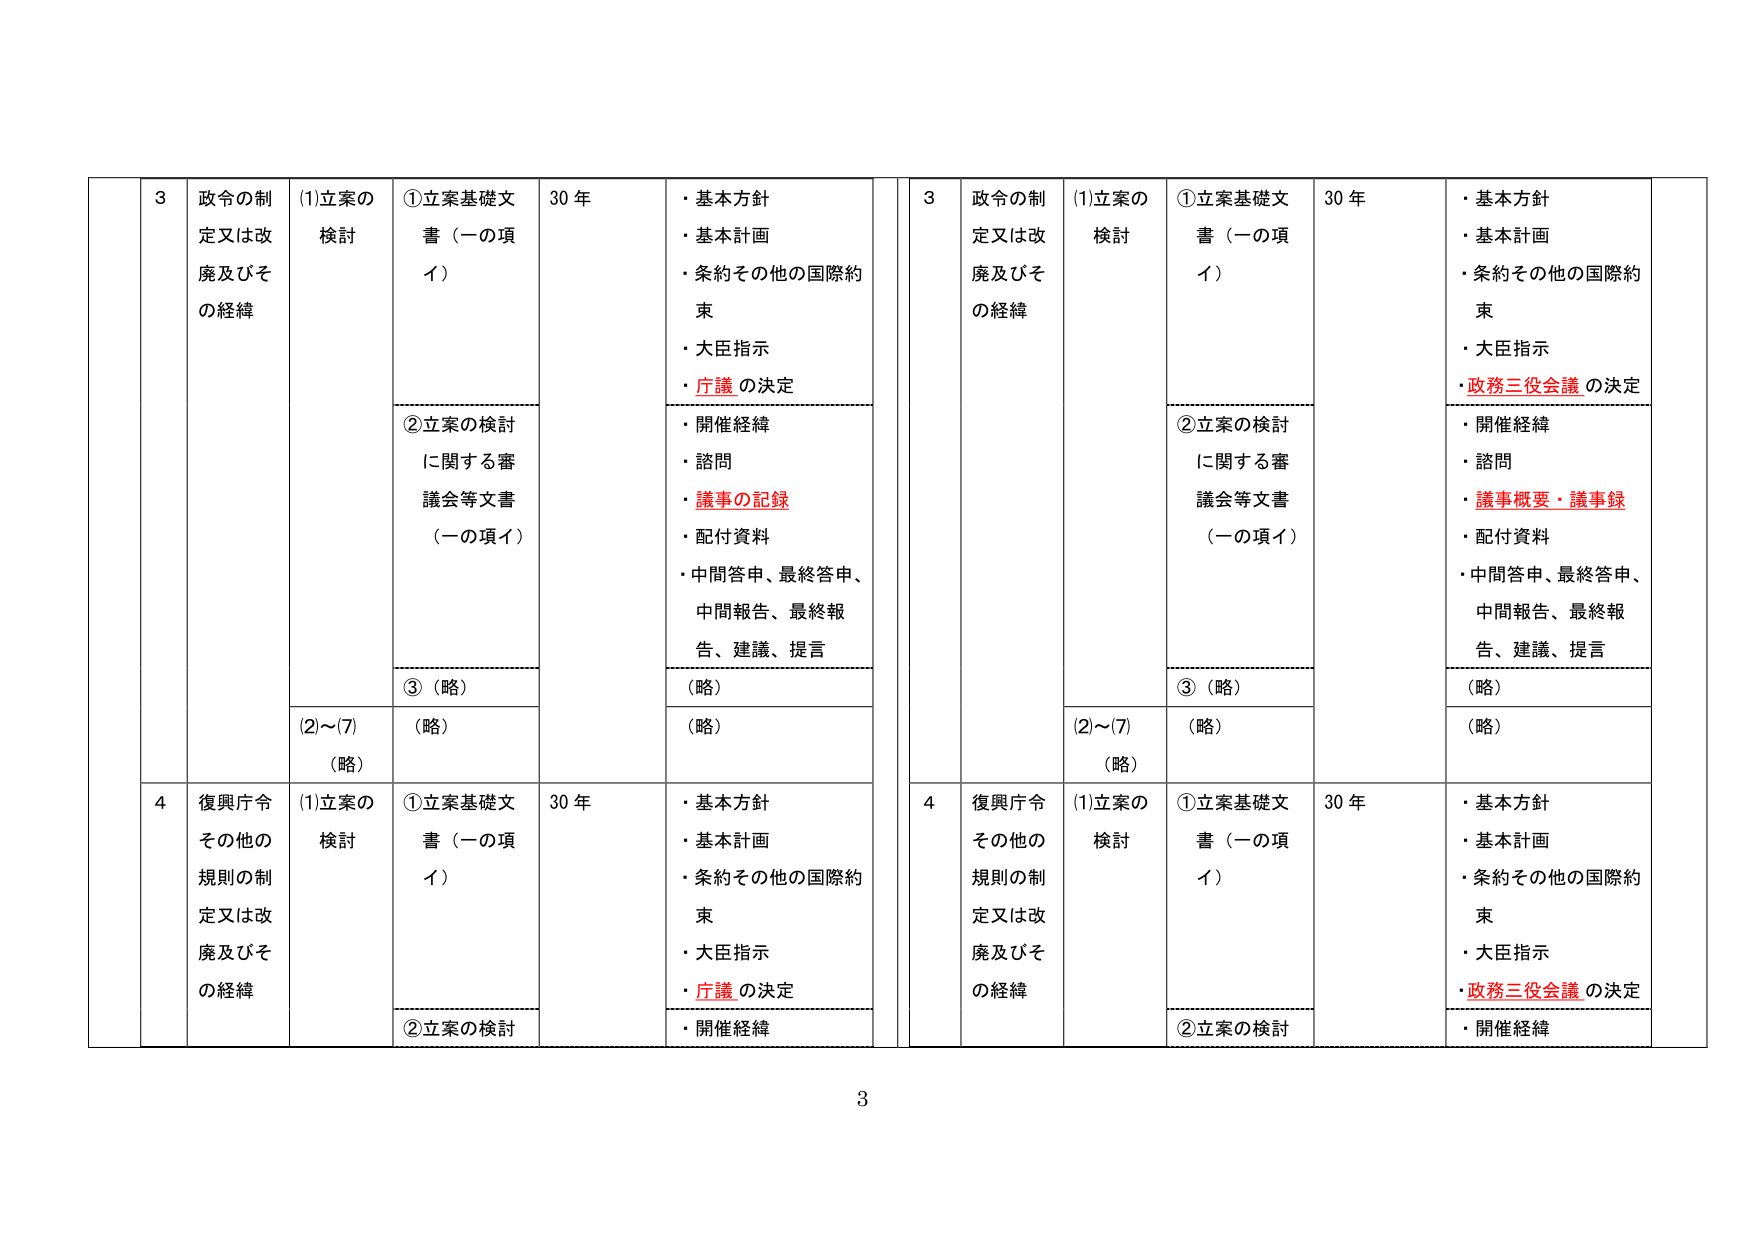
3 政令の制定又は改廃及びその経緯
(1)立案の検討
①立案基礎文書（一の項イ）
②立案の検討に関する審議会等文書（一の項イ）
③（略）
(2)～(7)（略）
30 年
・基本方針
・基本計画
・条約その他の国際約束
・大臣指示
・庁議の決定
・開催経緯
・諮問
・議事の記録
・配付資料
・中間答申、最終答申、中間報告、最終報告、建議、提言
（略）
（略）

3 政令の制定又は改廃及びその経緯
(1)立案の検討
①立案基礎文書（一の項イ）
②立案の検討に関する審議会等文書（一の項イ）
③（略）
(2)～(7)（略）
30 年
・基本方針
・基本計画
・条約その他の国際約束
・大臣指示
・政務三役会議の決定
・開催経緯
・諮問
・議事概要・議事録
・配付資料
・中間答申、最終答申、中間報告、最終報告、建議、提言
（略）
（略）

4 復興庁令その他の規則の制定又は改廃及びその経緯
(1)立案の検討
①立案基礎文書（一の項イ）
②立案の検討
30 年
・基本方針
・基本計画
・条約その他の国際約束
・大臣指示
・庁議の決定
・開催経緯

4 復興庁令その他の規則の制定又は改廃及びその経緯
(1)立案の検討
①立案基礎文書（一の項イ）
②立案の検討
30 年
・基本方針
・基本計画
・条約その他の国際約束
・大臣指示
・政務三役会議の決定
・開催経緯

3